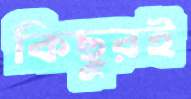
কিছুরই